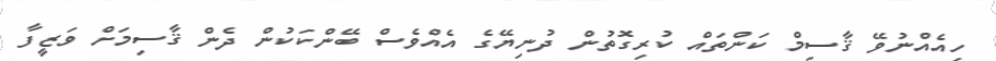
ހިއެއްނުވޭ ޤާސިމް ކަންތައް ކުރިގޮތުން ދުނިޔޭގެ އެއްވެސް ބޭންކަކުން ދެން ޤާސިމަށް ވަޒީފާ